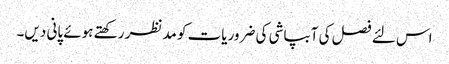
اس لئے فصل کی آبپاشی کی ضروریات کو مدنظر رکھتے ہوئے پانی دیں۔